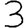
Digit: 3